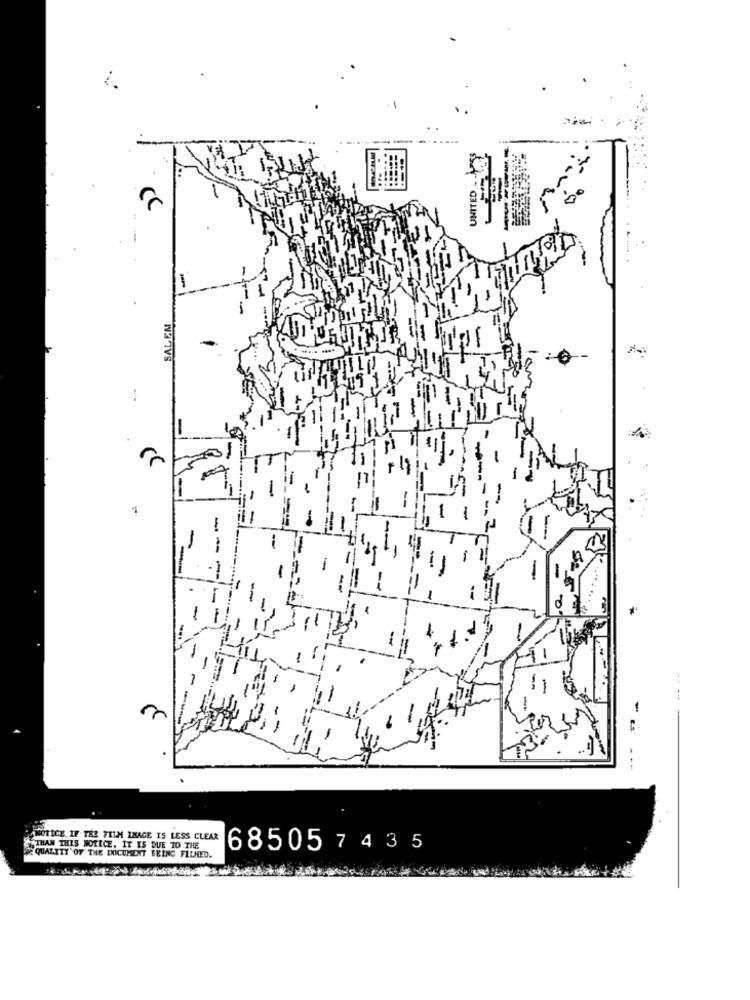
UNITED
SALEM
-
-
NOTICE IF THE FILM IMAGE IS LESS CLEAR
THAN THIS NOTICE, IT IS DUE TO THE
68505 7 4 35
QUALITY OF THE DOCUMENT ERING FILMED.